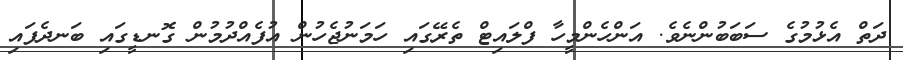
ދަތް އެޅުމުގެ ސަބަބުންނެވެ. އަންހެންމީހާ ފްލައިޓް ތެރޭގައި ހަމަނުޖެހުން އުފެއްދުމުން ގޮނޑީގައި ބަނދެފައި